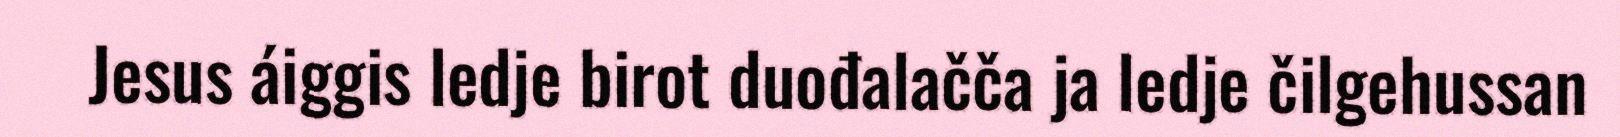
Jesus áiggis ledje birot duođalačča ja ledje čilgehussan